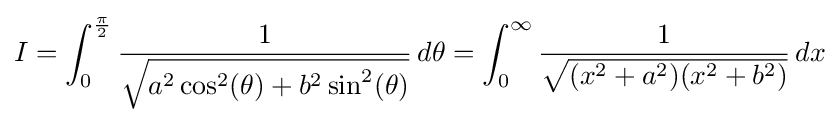
I=\int _{0}^{\frac {\pi }{2}}{\frac {1}{\sqrt {a^{2}\cos ^{2}(\theta )+b^{2}\sin ^{2}(\theta )}}}\,d\theta =\int _{0}^{\infty }{\frac {1}{\sqrt {(x^{2}+a^{2})(x^{2}+b^{2})}}}\,dx